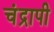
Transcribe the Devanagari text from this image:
चंद्रापी